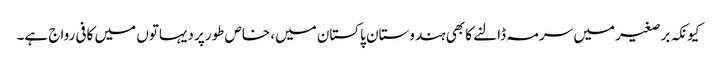
کیونکہ برصغیر میں سرمہ ڈالنے کا بھی ہندوستان پاکستان میں، خاص طورپر دیہاتوں میں کافی رواج ہے۔